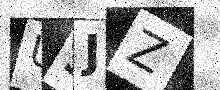
Text: U3JZ